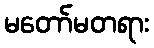
မတော်မတရား